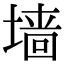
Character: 墙